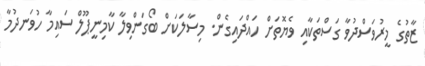
ޒާތުގެ މީރުވަސްދުވާ ގަސްތަކާއި ވެޔޮތަށް ހައްދައިގެން. މިސާލަކަށް ބޯގަންވިލާ ކާމިނީޕޫލް ސައިމާ ހުވަނދުމާ